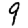
Digit: 9